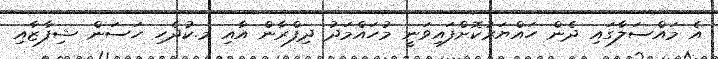
އެ މައްސަލާގައި ދެން ހައްޔަރުކޮށްފައިވަނީ މުހައްމަދު ދިފްރާން އާއި މ.ކުދެހި ހަސަން ޝިފާޒާއި